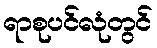
ရာစုပင်လုံတွင်